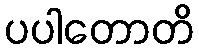
ပပါတောတိ